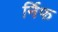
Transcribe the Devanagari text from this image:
र्निफ